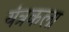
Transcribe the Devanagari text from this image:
यंत्रकला